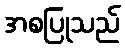
အစပြုသည်